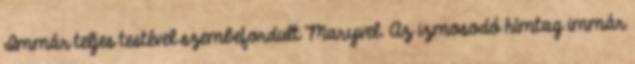
Immár teljes testével szembefordult Maryvel. Az izmosodó hímtag immár